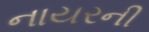
નાયરની